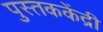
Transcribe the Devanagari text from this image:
पुस्तककेंद्री